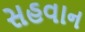
સહવાન